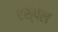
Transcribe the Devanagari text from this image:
एस्पेल